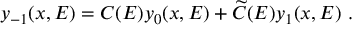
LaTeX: y _ { - 1 } ( x , E ) = C ( E ) y _ { 0 } ( x , E ) + \widetilde C ( E ) y _ { 1 } ( x , E ) ~ .